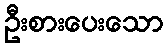
ဦးစားပေးသော